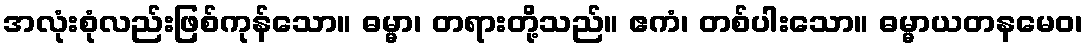
အလုံးစုံလည်းဖြစ်ကုန်သော။ ဓမ္မာ၊ တရားတို့သည်။ ဧကံ၊ တစ်ပါးသော။ ဓမ္မာယတနမေဝ၊